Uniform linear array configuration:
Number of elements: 32
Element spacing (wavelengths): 0.25
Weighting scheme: binomial
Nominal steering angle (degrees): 0
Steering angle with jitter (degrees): -0.2649
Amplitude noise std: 0.05
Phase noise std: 0.05

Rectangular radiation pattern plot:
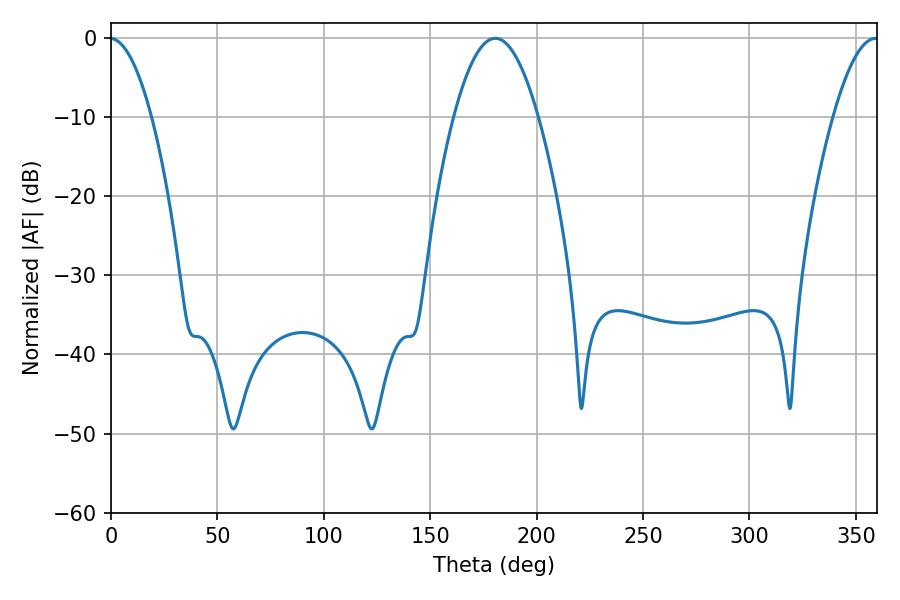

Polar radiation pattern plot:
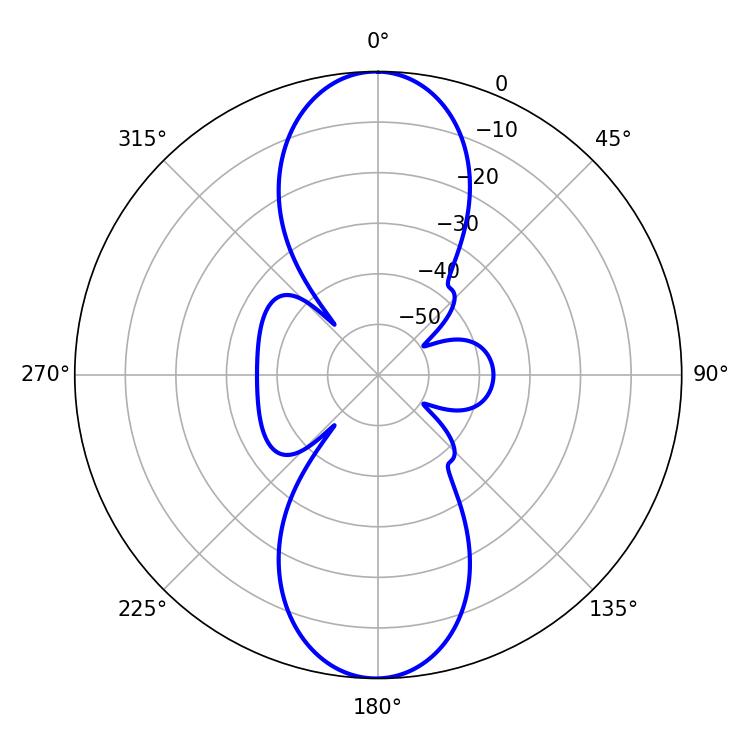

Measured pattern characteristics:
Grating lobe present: FALSE
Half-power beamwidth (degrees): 21.6
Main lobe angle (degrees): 180.54